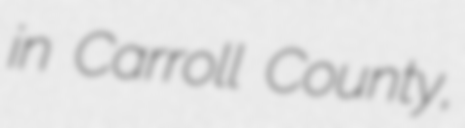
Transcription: in Carroll County,